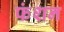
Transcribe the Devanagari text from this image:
फंशन